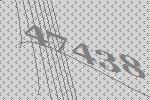
47438